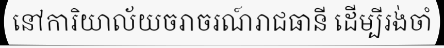
នៅការិយាល័យចរាចរណ៍រាជធានី ដើម្បីរង់ចាំ